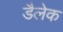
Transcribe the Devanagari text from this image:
डैलेक